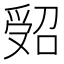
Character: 𠹾